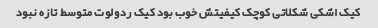
کیک اشکی شکلاتی کوچک کیفیتش خوب بود کیک ردولوت متوسط تازه نبود